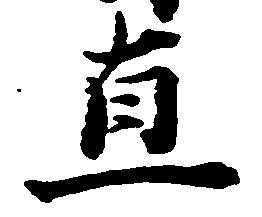
直